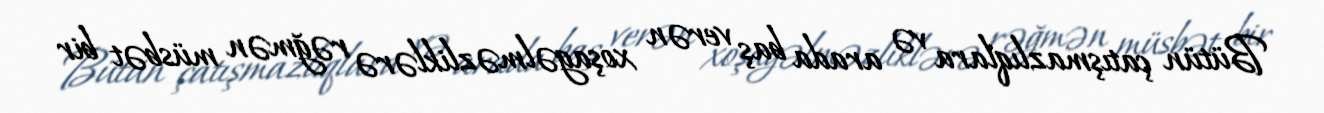
Bütün çatışmazlıqlara və arada baş verən xoşagəlməzliklərə rəğmən müsbət bir